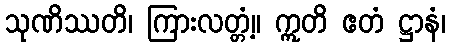
သုဏိဿတိ၊ ကြားလတ္တံ့။ ဣတိ ဧတံ ဋ္ဌာနံ၊